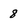
Character: 8